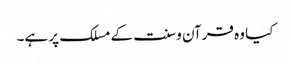
کیا وہ قرآن و سنت کے مسلک پر ہے۔